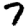
Digit: 7